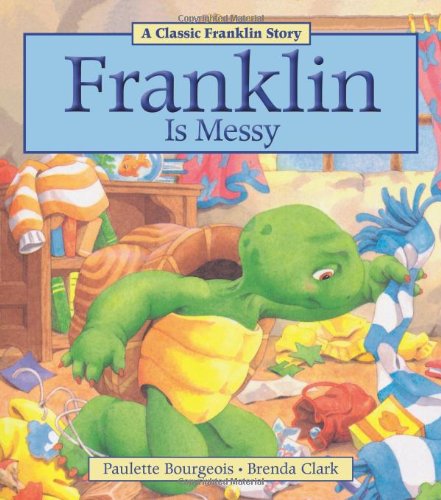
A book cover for Franklin Is Messy; Paulette Bourgeois; Children's Books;